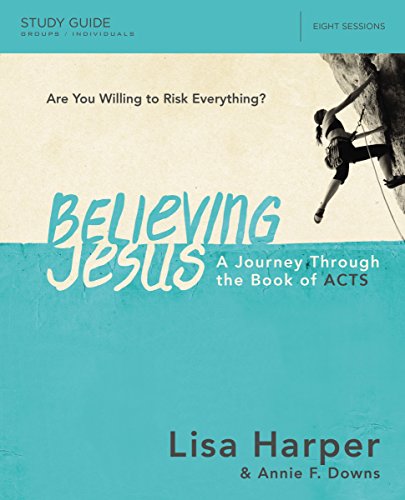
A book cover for Believing Jesus Study Guide: A Journey Through the Book of Acts; Lisa Harper; Christian Books & Bibles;